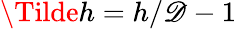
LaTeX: \Tilde{h}=h/\mathscr{D}-1